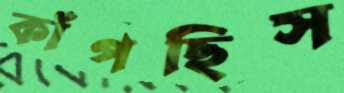
কাঁপছিস